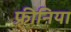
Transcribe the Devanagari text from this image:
फ़्रीनिया